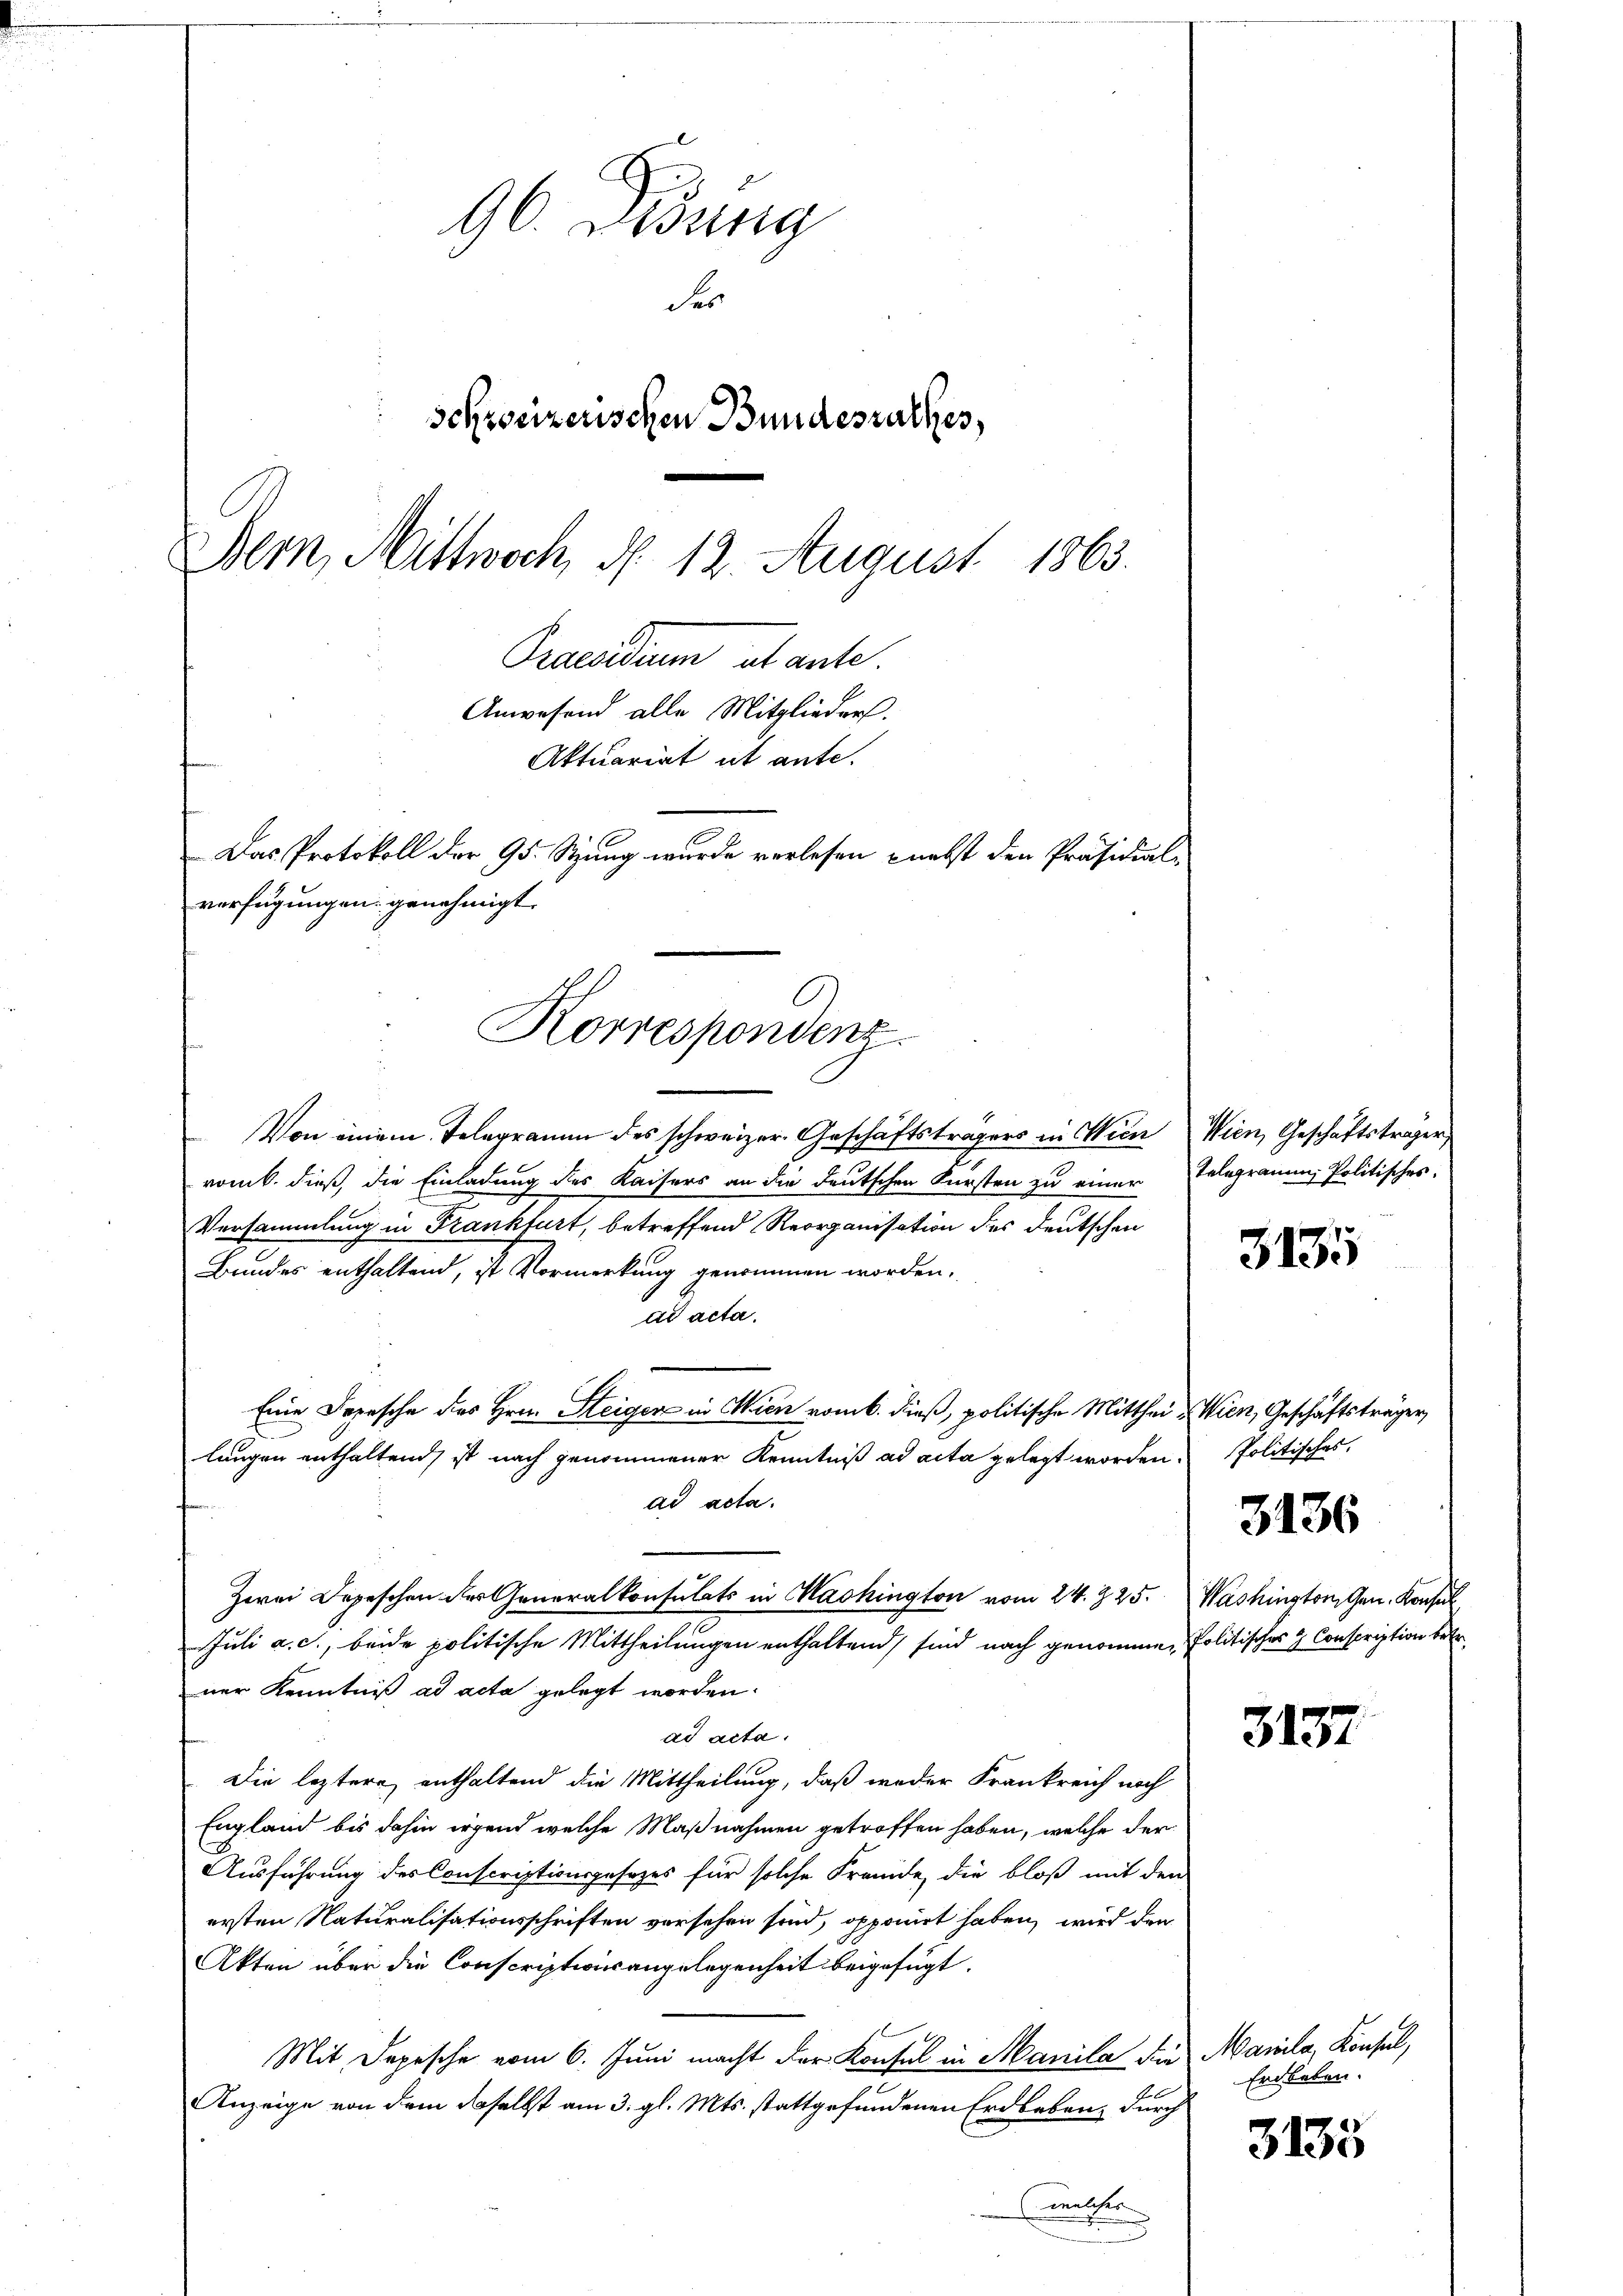
96. Didung
der
schweizerischen Bundesrathes,
Bern, Mittwoch, d. 12. August 1863.
Praesidium abante.
Anwesend alle Mitglieders.
Aktuariat it ante.

Das Protokoll der 95. Stung wurde verlesen nebst den Präsidial-
verfügungen genehmigt.
Korrespondenz.

Von einem Telegramm des schweizer. Geschäftsträgers in Wien Wien, Geschäftsträger,
romb. dieß, die Einladung des Kaisers an die deutschen Fürsten zu einer Telegramm, Politisches.
Versammlung in Frankfurt, betreffend Reorganisation des deutschen
Bundes enthaltend, ist Vormerkung genommen worden.
ad acta.
Eine Depesche des Hrn. Steigen in Wien vom 6. dieß, politische Mitthei- Wien, Geschäftsträger,
längen enthaltend, ist nach genommener Kenntniß ad acta gelegt worden. Politisches,
ad acta.
Zwei Depeschen der Generalkonsulats in Washington vom 24. 225. Washington Gen. Konsul
Juli a. c., beide politische Mittheilungen enthaltend sind nach genommen Politisches & Conscription betr.
ner Kenntniß ad acta gelegt worden.
ad acta.
Die leztere, enthaltend die Mittheilung, daß weder Frankreich noch
England bis dahin irgend welche Maßnahmen getroffen haben, welche der
Ausführung des Conscriptionsgesetzes für solche Freude, die bloß mit den
ersten Naturalisationsschriften vorsehen sind, opponirt haben, wird den
Akten über die Conscriptionsangelegenheit beigefügt.
Mit Depesche vom 6. Juni macht der Konsul in Manila die Manila, Konsul,
Anzeige von dem daselbst am 3. gl. Mts. stattgefundenen Erdbeben, durch
ither

3135

3136

3137

Erdbeben.

3135